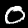
Digit: 0